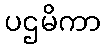
ပဌမိကာ